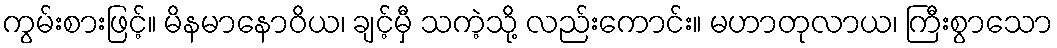
ကွမ်းစားဖြင့်။ မိနမာနောဝိယ၊ ချင့်မှီ သကဲ့သို့ လည်းကောင်း။ မဟာတုလာယ၊ ကြီးစွာသော